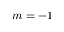
m = - 1